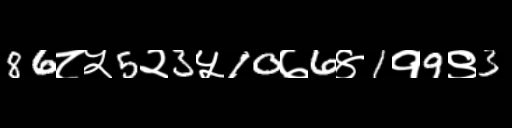
Text: 86८५5२3५10७6४1१9९3